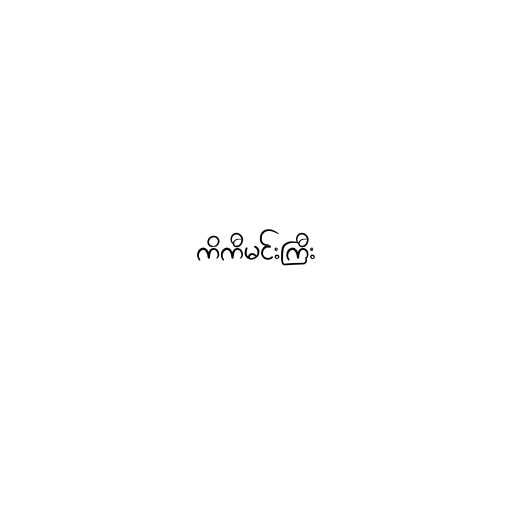
ကိကီမင်းကြီး